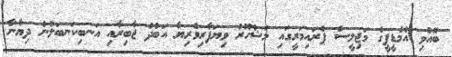
ބޭއްވި އެމްޑީޕީގެ މަޖިލީސް ޕްރައިމަރީގައި މަޝްހޫރު ވިޔަފާރިވެރިޔާ އަބްދު ޖާބިރާއި އަނބިކަނބަލުން ދިޔާނާ